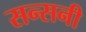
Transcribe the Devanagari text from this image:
सन्सनी